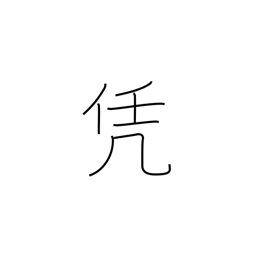
Meaning: lie heavy